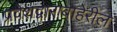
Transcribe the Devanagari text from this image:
प्रवेशद्वाराबाहेरील